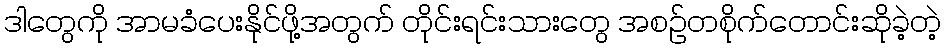
ဒါတွေကို အာမခံပေးနိုင်ဖို့အတွက် တိုင်းရင်းသားတွေ အစဥ်တစိုက်တောင်းဆိုခဲ့တဲ့